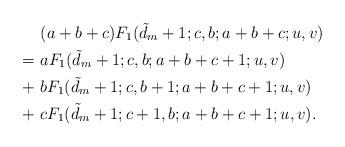
LaTeX: \begin{align*} &\,\, (a+b+c) F_1(\tilde d_m +1;c,b;a+b+c;u,v) \\ =&\,\, a F_1(\tilde d_m +1;c,b;a+b+c+1;u,v) \\ +& \,\, b F_1(\tilde d_m +1;c,b+1;a+b+c+1;u,v) \\ +& \,\, c F_1(\tilde d_m +1;c+1,b;a+b+c+1;u,v). \end{align*}